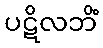
ပဋိလဘိံ